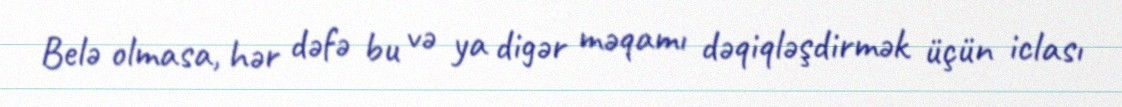
Belə olmasa, hər dəfə bu və ya digər məqamı dəqiqləşdirmək üçün iclası